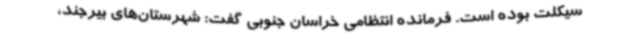
سیکلت بوده است. فرمانده انتظامی خراسان جنوبی گفت: شهرستان‌های بیرجند،